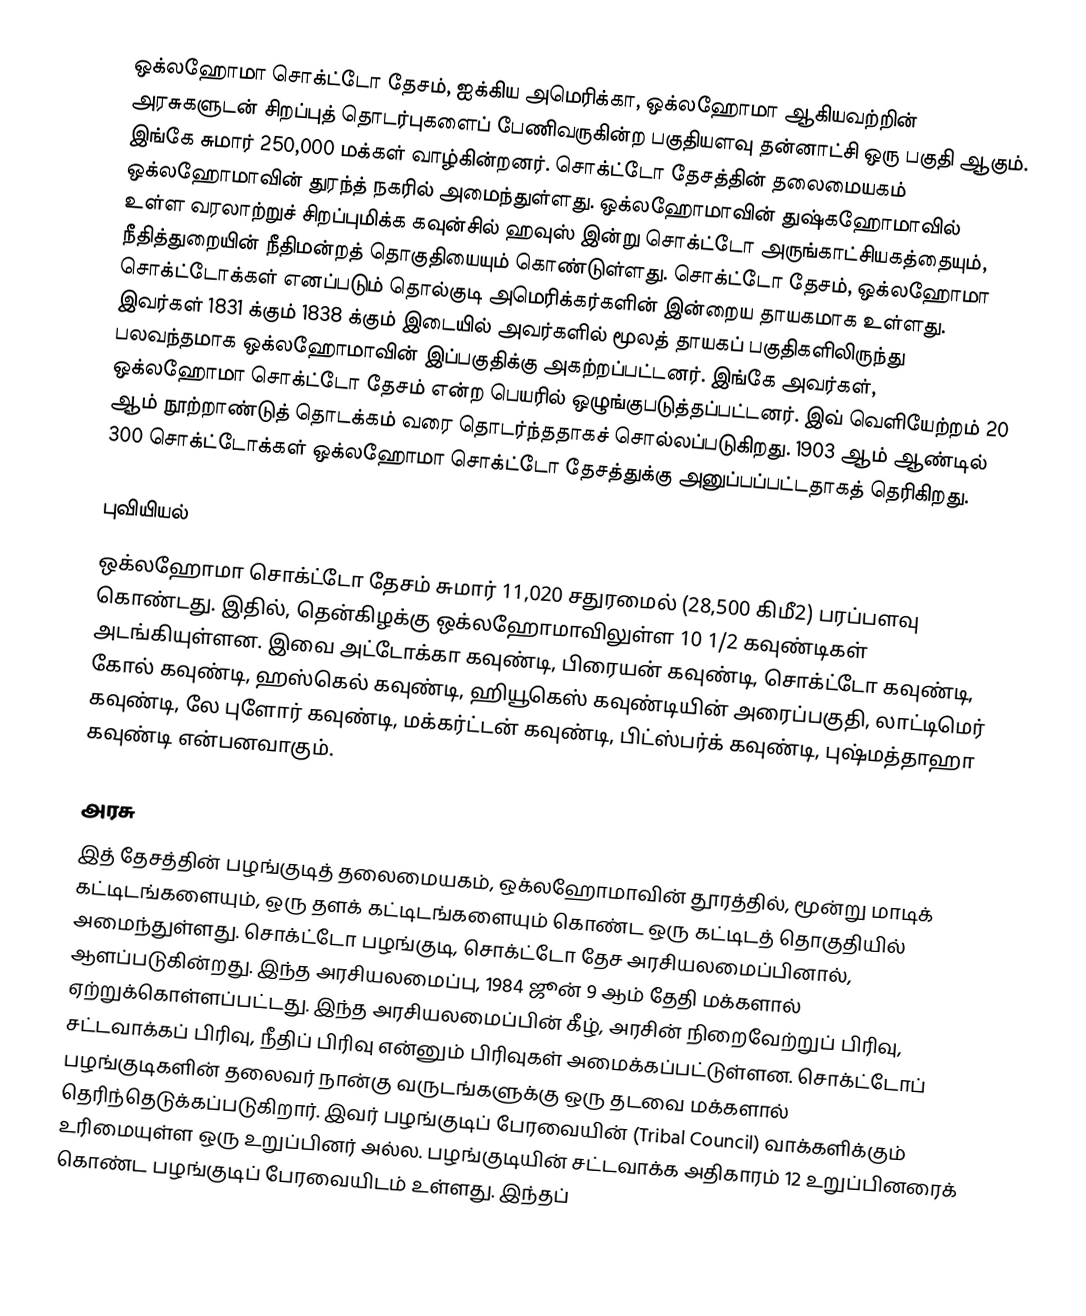
ஒக்லஹோமா சொக்ட்டோ தேசம், ஐக்கிய அமெரிக்கா, ஒக்லஹோமா ஆகியவற்றின் அரசுகளுடன் சிறப்புத் தொடர்புகளைப் பேணிவருகின்ற பகுதியளவு தன்னாட்சி ஒரு பகுதி ஆகும். இங்கே சுமார் 250,000 மக்கள் வாழ்கின்றனர். சொக்ட்டோ தேசத்தின் தலைமையகம் ஒக்லஹோமாவின் துரந்த் நகரில் அமைந்துள்ளது. ஒக்லஹோமாவின் துஷ்கஹோமாவில் உள்ள வரலாற்றுச் சிறப்புமிக்க கவுன்சில் ஹவுஸ் இன்று சொக்ட்டோ அருங்காட்சியகத்தையும், நீதித்துறையின் நீதிமன்றத் தொகுதியையும் கொண்டுள்ளது. சொக்ட்டோ தேசம், ஒக்லஹோமா சொக்ட்டோக்கள் எனப்படும் தொல்குடி அமெரிக்கர்களின் இன்றைய தாயகமாக உள்ளது. இவர்கள் 1831 க்கும் 1838 க்கும் இடையில் அவர்களில் மூலத் தாயகப் பகுதிகளிலிருந்து பலவந்தமாக ஒக்லஹோமாவின் இப்பகுதிக்கு அகற்றப்பட்டனர். இங்கே அவர்கள், ஒக்லஹோமா சொக்ட்டோ தேசம் என்ற பெயரில் ஒழுங்குபடுத்தப்பட்டனர். இவ் வெளியேற்றம் 20 ஆம் நூற்றாண்டுத் தொடக்கம் வரை தொடர்ந்ததாகச் சொல்லப்படுகிறது. 1903 ஆம் ஆண்டில் 300 சொக்ட்டோக்கள் ஒக்லஹோமா சொக்ட்டோ தேசத்துக்கு அனுப்பப்பட்டதாகத் தெரிகிறது.

புவியியல்
ஒக்லஹோமா சொக்ட்டோ தேசம் சுமார் 11,020 சதுரமைல் (28,500 கிமீ2) பரப்பளவு கொண்டது. இதில், தென்கிழக்கு ஒக்லஹோமாவிலுள்ள 10 1/2 கவுண்டிகள் அடங்கியுள்ளன. இவை அட்டோக்கா கவுண்டி, பிரையன் கவுண்டி, சொக்ட்டோ கவுண்டி, கோல் கவுண்டி, ஹஸ்கெல் கவுண்டி, ஹியூகெஸ் கவுண்டியின் அரைப்பகுதி, லாட்டிமெர் கவுண்டி, லே புளோர் கவுண்டி, மக்கர்ட்டன் கவுண்டி, பிட்ஸ்பர்க் கவுண்டி, புஷ்மத்தாஹா கவுண்டி என்பனவாகும்.

அரசு
இத் தேசத்தின் பழங்குடித் தலைமையகம், ஒக்லஹோமாவின் தூரத்தில், மூன்று மாடிக் கட்டிடங்களையும், ஒரு தளக் கட்டிடங்களையும் கொண்ட ஒரு கட்டிடத் தொகுதியில் அமைந்துள்ளது. சொக்ட்டோ பழங்குடி, சொக்ட்டோ தேச அரசியலமைப்பினால், ஆளப்படுகின்றது. இந்த அரசியலமைப்பு, 1984 ஜூன் 9 ஆம் தேதி மக்களால் ஏற்றுக்கொள்ளப்பட்டது. இந்த அரசியலமைப்பின் கீழ், அரசின் நிறைவேற்றுப் பிரிவு, சட்டவாக்கப் பிரிவு, நீதிப் பிரிவு என்னும் பிரிவுகள் அமைக்கப்பட்டுள்ளன. சொக்ட்டோப் பழங்குடிகளின் தலைவர் நான்கு வருடங்களுக்கு ஒரு தடவை மக்களால் தெரிந்தெடுக்கப்படுகிறார். இவர் பழங்குடிப் பேரவையின் (Tribal Council) வாக்களிக்கும் உரிமையுள்ள ஒரு உறுப்பினர் அல்ல. பழங்குடியின் சட்டவாக்க அதிகாரம் 12 உறுப்பினரைக் கொண்ட பழங்குடிப் பேரவையிடம் உள்ளது. இந்தப்